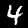
Label: 4